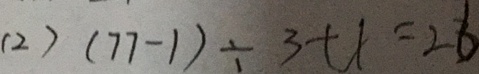
( 2 ) ( 7 7 - 1 ) \div 3 + 1 = 2 6